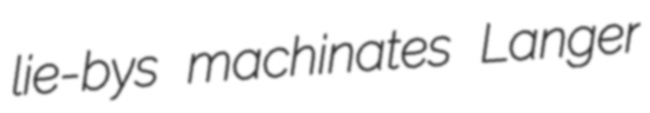
lie-bys machinates Langer